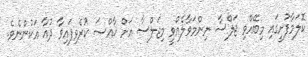
ކޮލަމާފުށީގައި މިބޭއްވި ޖަލްސާ ނިންމަވާލެއްވީ މިޖަލްސާ އަށް ޚާއްޞަ ކުރެވިފައިވާ ދުއާ އަކުންނެވެ.